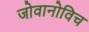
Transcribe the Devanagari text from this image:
जोवानोविच